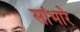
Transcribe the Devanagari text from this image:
सांभारे